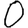
Digit: 0